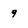
Character: 9